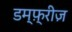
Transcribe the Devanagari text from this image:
डम्फ़्रीज़